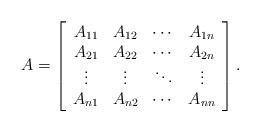
LaTeX: \begin{align*}A =\left[\begin{array}{cccc}A_{11} & A_{12} & \cdots & A_{1n} \\A_{21} & A_{22} & \cdots & A_{2n} \\\vdots & \vdots & \ddots & \vdots \\A_{n1} & A_{n2} & \cdots & A_{nn}\end{array}\right] .\end{align*}